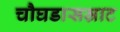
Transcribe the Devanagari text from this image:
चौघडासम्राट